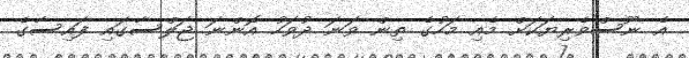
އެ ނޫސްވެރިޔަކަށް މެއި މަހުގެ ތިން ވަނަ ދުވަހު އޮންނަ ޖަލްސާގައި ފައިސާގެ